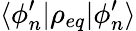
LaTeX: \langle\phi_{n}^{\prime}\rvert\rho_{eq}\lvert\phi_{n}^{\prime}\rangle